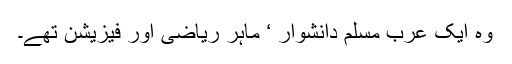
وہ ایک عرب مسلم دانشوار ‘ ماہر ریاضی اور فیزیشن تھے۔